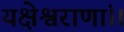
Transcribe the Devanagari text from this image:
यक्षेश्वराणां।।